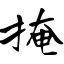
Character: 掩